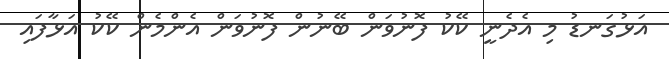
އަޅުގަނޑު މި އެދެނީ ކޭކު ފޮނުވަން ބޭނުން ފޮނުވަން އެންމެން ކޭކު އަޅާފައި